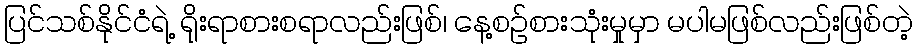
ပြင်သစ်နိုင်ငံရဲ့ ရိုးရာစားစရာလည်းဖြစ်၊ နေ့စဉ်စားသုံးမှုမှာ မပါမဖြစ်လည်းဖြစ်တဲ့